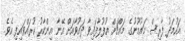
އަހުމަދު ފާރިސް މައުމޫނުގެ މައްޗަށް އުފުލާފައިވާ ދައުވާއަށް އޭނާ އިންކާރު ކުރައްވައިފި އެވެ.